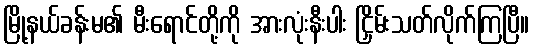
မြို့နယ်ခန်းမ၏ မီးရောင်တို့ကို အားလုံးနီးပါး ငြှိမ်းသတ်လိုက်ကြပြီ။